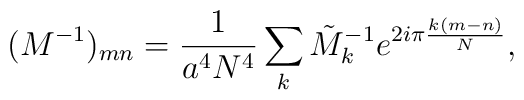
(M^{-1})_{mn}=\frac{1}{a^4N^4}\sum_{k}\tilde{M}_k^{-1}e^{2i{\pi}\frac{k(m-n)}{N}},